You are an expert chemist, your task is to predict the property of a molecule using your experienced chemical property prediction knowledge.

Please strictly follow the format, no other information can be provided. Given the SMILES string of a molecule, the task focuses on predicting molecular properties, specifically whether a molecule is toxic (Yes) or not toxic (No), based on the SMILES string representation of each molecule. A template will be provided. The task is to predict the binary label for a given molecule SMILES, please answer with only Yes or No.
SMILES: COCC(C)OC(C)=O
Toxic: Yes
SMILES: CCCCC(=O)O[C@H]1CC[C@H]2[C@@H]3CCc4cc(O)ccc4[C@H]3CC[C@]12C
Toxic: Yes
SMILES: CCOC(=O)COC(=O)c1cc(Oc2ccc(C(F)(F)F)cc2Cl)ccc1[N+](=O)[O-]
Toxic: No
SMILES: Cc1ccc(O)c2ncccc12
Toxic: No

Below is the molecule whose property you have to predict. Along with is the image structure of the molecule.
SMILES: CSc1nc(NC(C)C)nc(NC(C)C)n1
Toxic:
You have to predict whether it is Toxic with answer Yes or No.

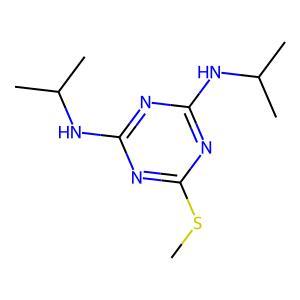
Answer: No